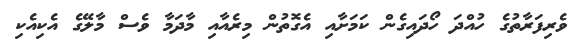
ވެރިފަރާތުގެ ހުއްދަ ހޯދައިގެން ކަމަށާއި އެގޮތުން މިރެއާއި މާދަމާ ވެސް މާލޭގެ އެކިއެކި